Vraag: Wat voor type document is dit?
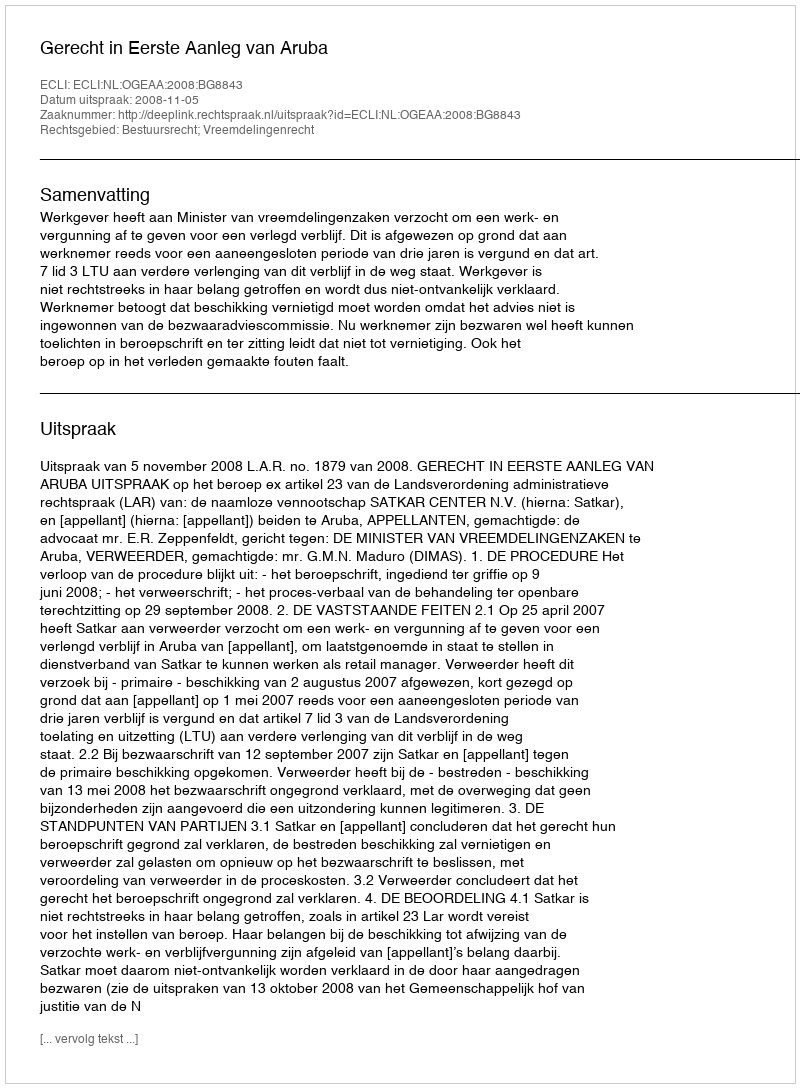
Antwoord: Uitspraak